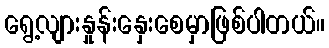
ရွေ့လျားနှုန်းနှေးစေမှာဖြစ်ပါတယ်။